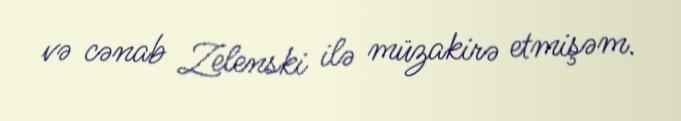
və cənab Zelenski ilə müzakirə etmişəm.